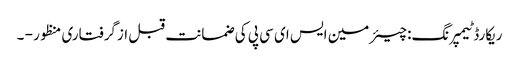
ریکارڈ ٹیمپرنگ: چیئرمین ایس ای سی پی کی ضمانت قبل ازگرفتاری منظور - ۔